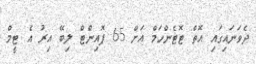
ދެވަނައިގައި އޮތް ޓޮޓެންހަމް އަށް 65 ޕޮއިންޓް ލިބޭ އިރު އެ ޓީމް